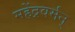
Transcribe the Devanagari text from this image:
महेंद्रवर्मन्‌